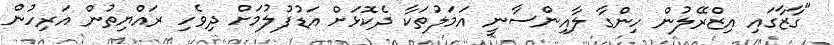
"ގާޒާގައި އިޒްރޭލުން ހިންގާ ލާއިންސާނީ އަމަލުތަކާ ދެކޮޅަށް އަޑުފުލުމަށް ދިވެހި ރައްޔިތުން އަރިހުން